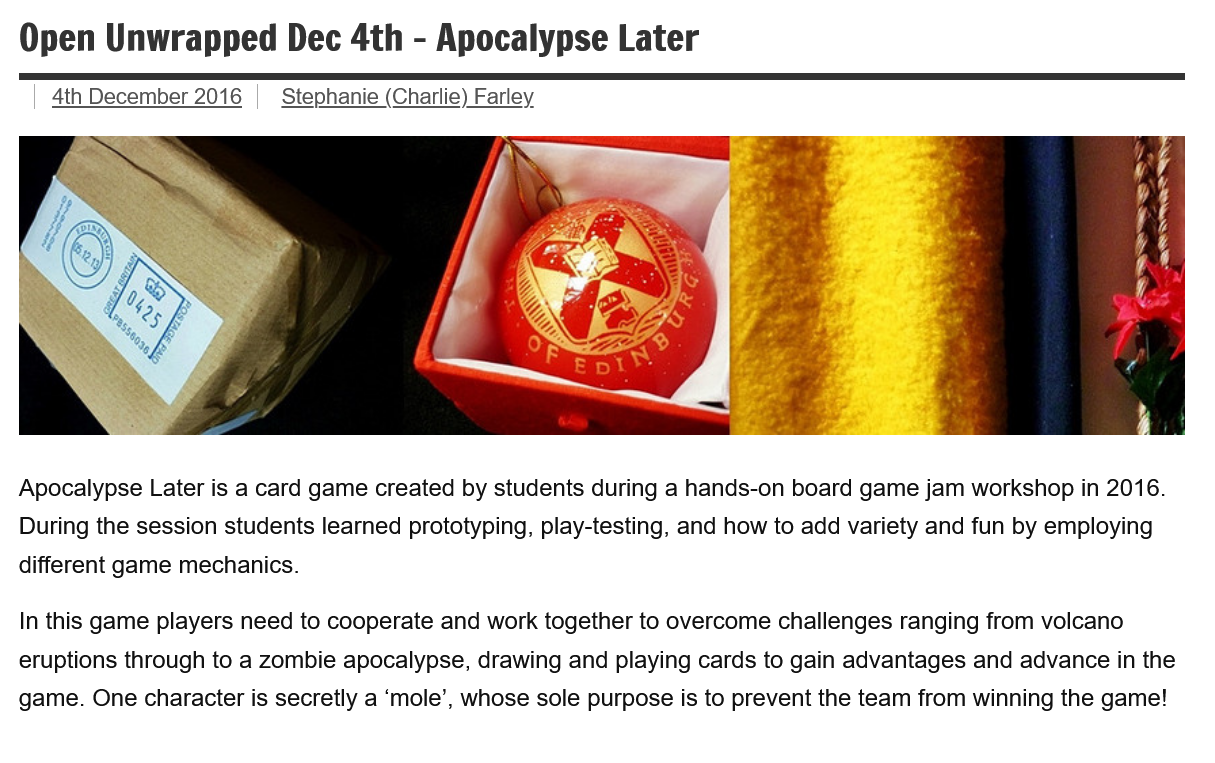
Open   Unwrapped   Dec   4th
     - Apocalypse    Later
     VUE
     |
     SS
     PRS
     =
  Apocalypse Later is a card game created by students during a hands-on board game jam workshop in 2016.
  During the session students learned prototyping, play-testing, and how to add variety and fun by employing
  different game mechanics.
  In this game players need to cooperate and work together to overcome challenges ranging from volcano
  eruptions through to a zombie apocalypse, drawing and playing cards to gain advantages and advance in the
  game. One character is secretly a ‘mole’, whose sole purpose is to prevent the team from winning the game!